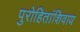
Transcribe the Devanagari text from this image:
पुरोहितांशिवाय